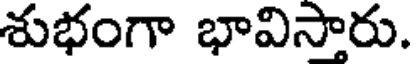
శుభంగా భావిస్తారు.